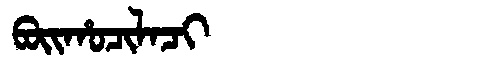
Manchu: ᠪᠣᡳᡥᠣᠴᡳᠯᠠᠴᡳ
Romanization: BOIHOCILACI